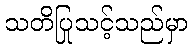
သတိပြုသင့်သည်မှာ